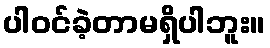
ပါဝင်ခဲ့တာမရှိပါဘူး။